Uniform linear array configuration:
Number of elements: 24
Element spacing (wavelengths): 0.75
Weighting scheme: hamming
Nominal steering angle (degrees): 15
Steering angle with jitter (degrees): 15.069
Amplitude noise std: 0.05
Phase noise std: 0.05

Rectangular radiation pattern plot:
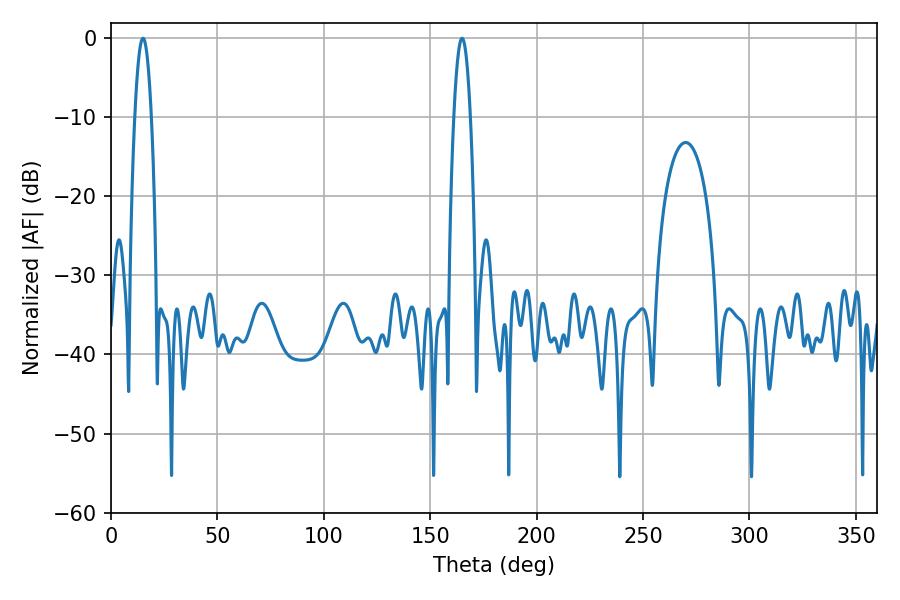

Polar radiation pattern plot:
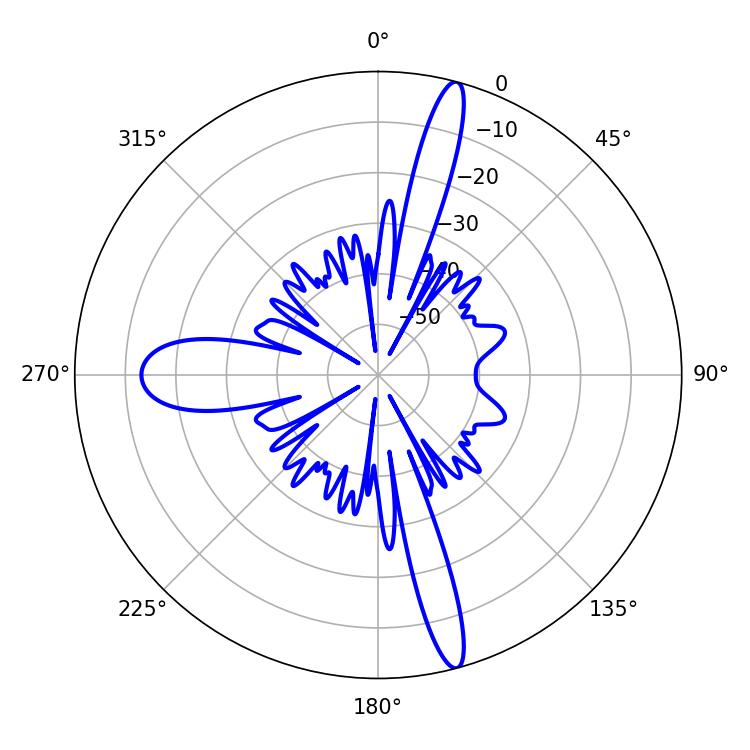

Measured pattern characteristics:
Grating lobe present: TRUE
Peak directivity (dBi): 18.12
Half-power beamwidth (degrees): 4.14
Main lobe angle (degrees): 15.12